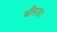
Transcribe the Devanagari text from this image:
धीरज।